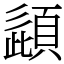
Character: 頿